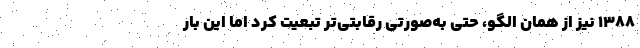
۱۳۸۸ نیز از همان الگو، حتی به‌صورتی رقابتی‌تر تبعیت کرد اما این بار